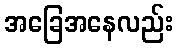
အခြေအနေလည်း